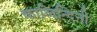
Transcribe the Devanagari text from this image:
कालिन्दिनी